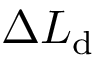
\Delta L _ { \mathrm { d } }